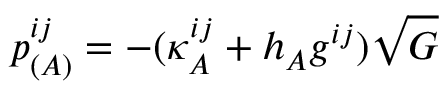
p _ { ( A ) } ^ { i j } = - ( \kappa _ { A } ^ { i j } + h _ { A } g ^ { i j } ) \sqrt { { \cal G } }